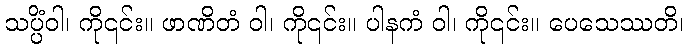
သပ္ပိံဝါ၊ ကို၎င်း။ ဖာဏိတံ ဝါ၊ ကို၎င်း။ ပါနကံ ဝါ၊ ကို၎င်း။ ပေသေဿတိ၊